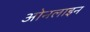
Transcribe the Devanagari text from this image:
ओनलाइन